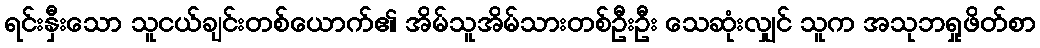
ရင်းနှီးသော သူငယ်ချင်းတစ်ယောက်၏ အိမ်သူအိမ်သားတစ်ဦးဦး သေဆုံးလျှင် သူက အသုဘရှုဖိတ်စာ